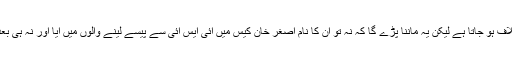
مولانا فضل الرحمٰن سے کئی دفعہ مجھے بھی اختلاف ہو جاتا ہے لیکن یہ ماننا پڑے گا کہ نہ تو ان کا نام اصغر خان کیس میں آئی ایس آئی سے پیسے لینے والوں میں آیا اور نہ ہی بعد میں انہوں نے آئی ایس آئی سے کبھی پیسے لئے۔